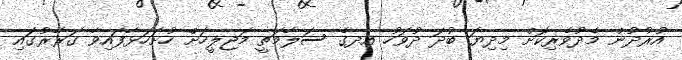
އުރުދުން މެދުވެރިކޮށް މިދިޔަ ބުދަ ދުވަހު އދގެ ސަލާމަތީ މަޖިލީހަށް ހުށަހަޅާފައިވާ ގަރާރުގައި